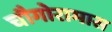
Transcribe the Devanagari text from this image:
चौगोरामास